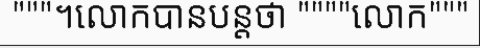
"""។លោកបានបន្តថា """"លោក"""